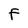
Character: F